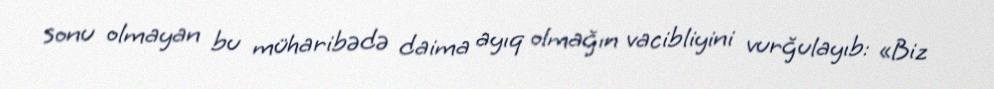
sonu olmayan bu müharibədə daima ayıq olmağın vacibliyini vurğulayıb: «Biz